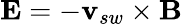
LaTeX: {\mathbf{{E}}}=-{\mathbf{{v}}}_{sw}\times{\mathbf{{B}}}